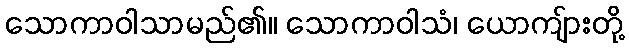
သောကာဝါသာမည်၏။ သောကာဝါသံ၊ ယောကျ်ားတို့